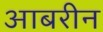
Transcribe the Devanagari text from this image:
आबरीन